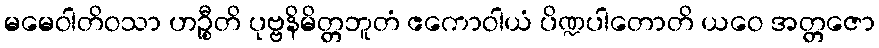
မမေဝါတိဝသာ ဟဉ္စီတိ ပုဗ္ဗနိမိတ္တဘူတံ ဧကောဝါယံ ပိဏ္ဍပါတောတိ ယဝေ အတ္တဇော